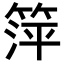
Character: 𬕘